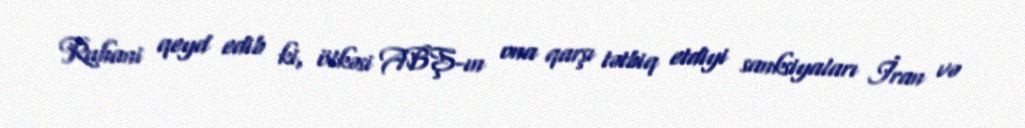
Ruhani qeyd edib ki, ölkəsi ABŞ-ın ona qarşı tətbiq etdiyi sanksiyaları İran və